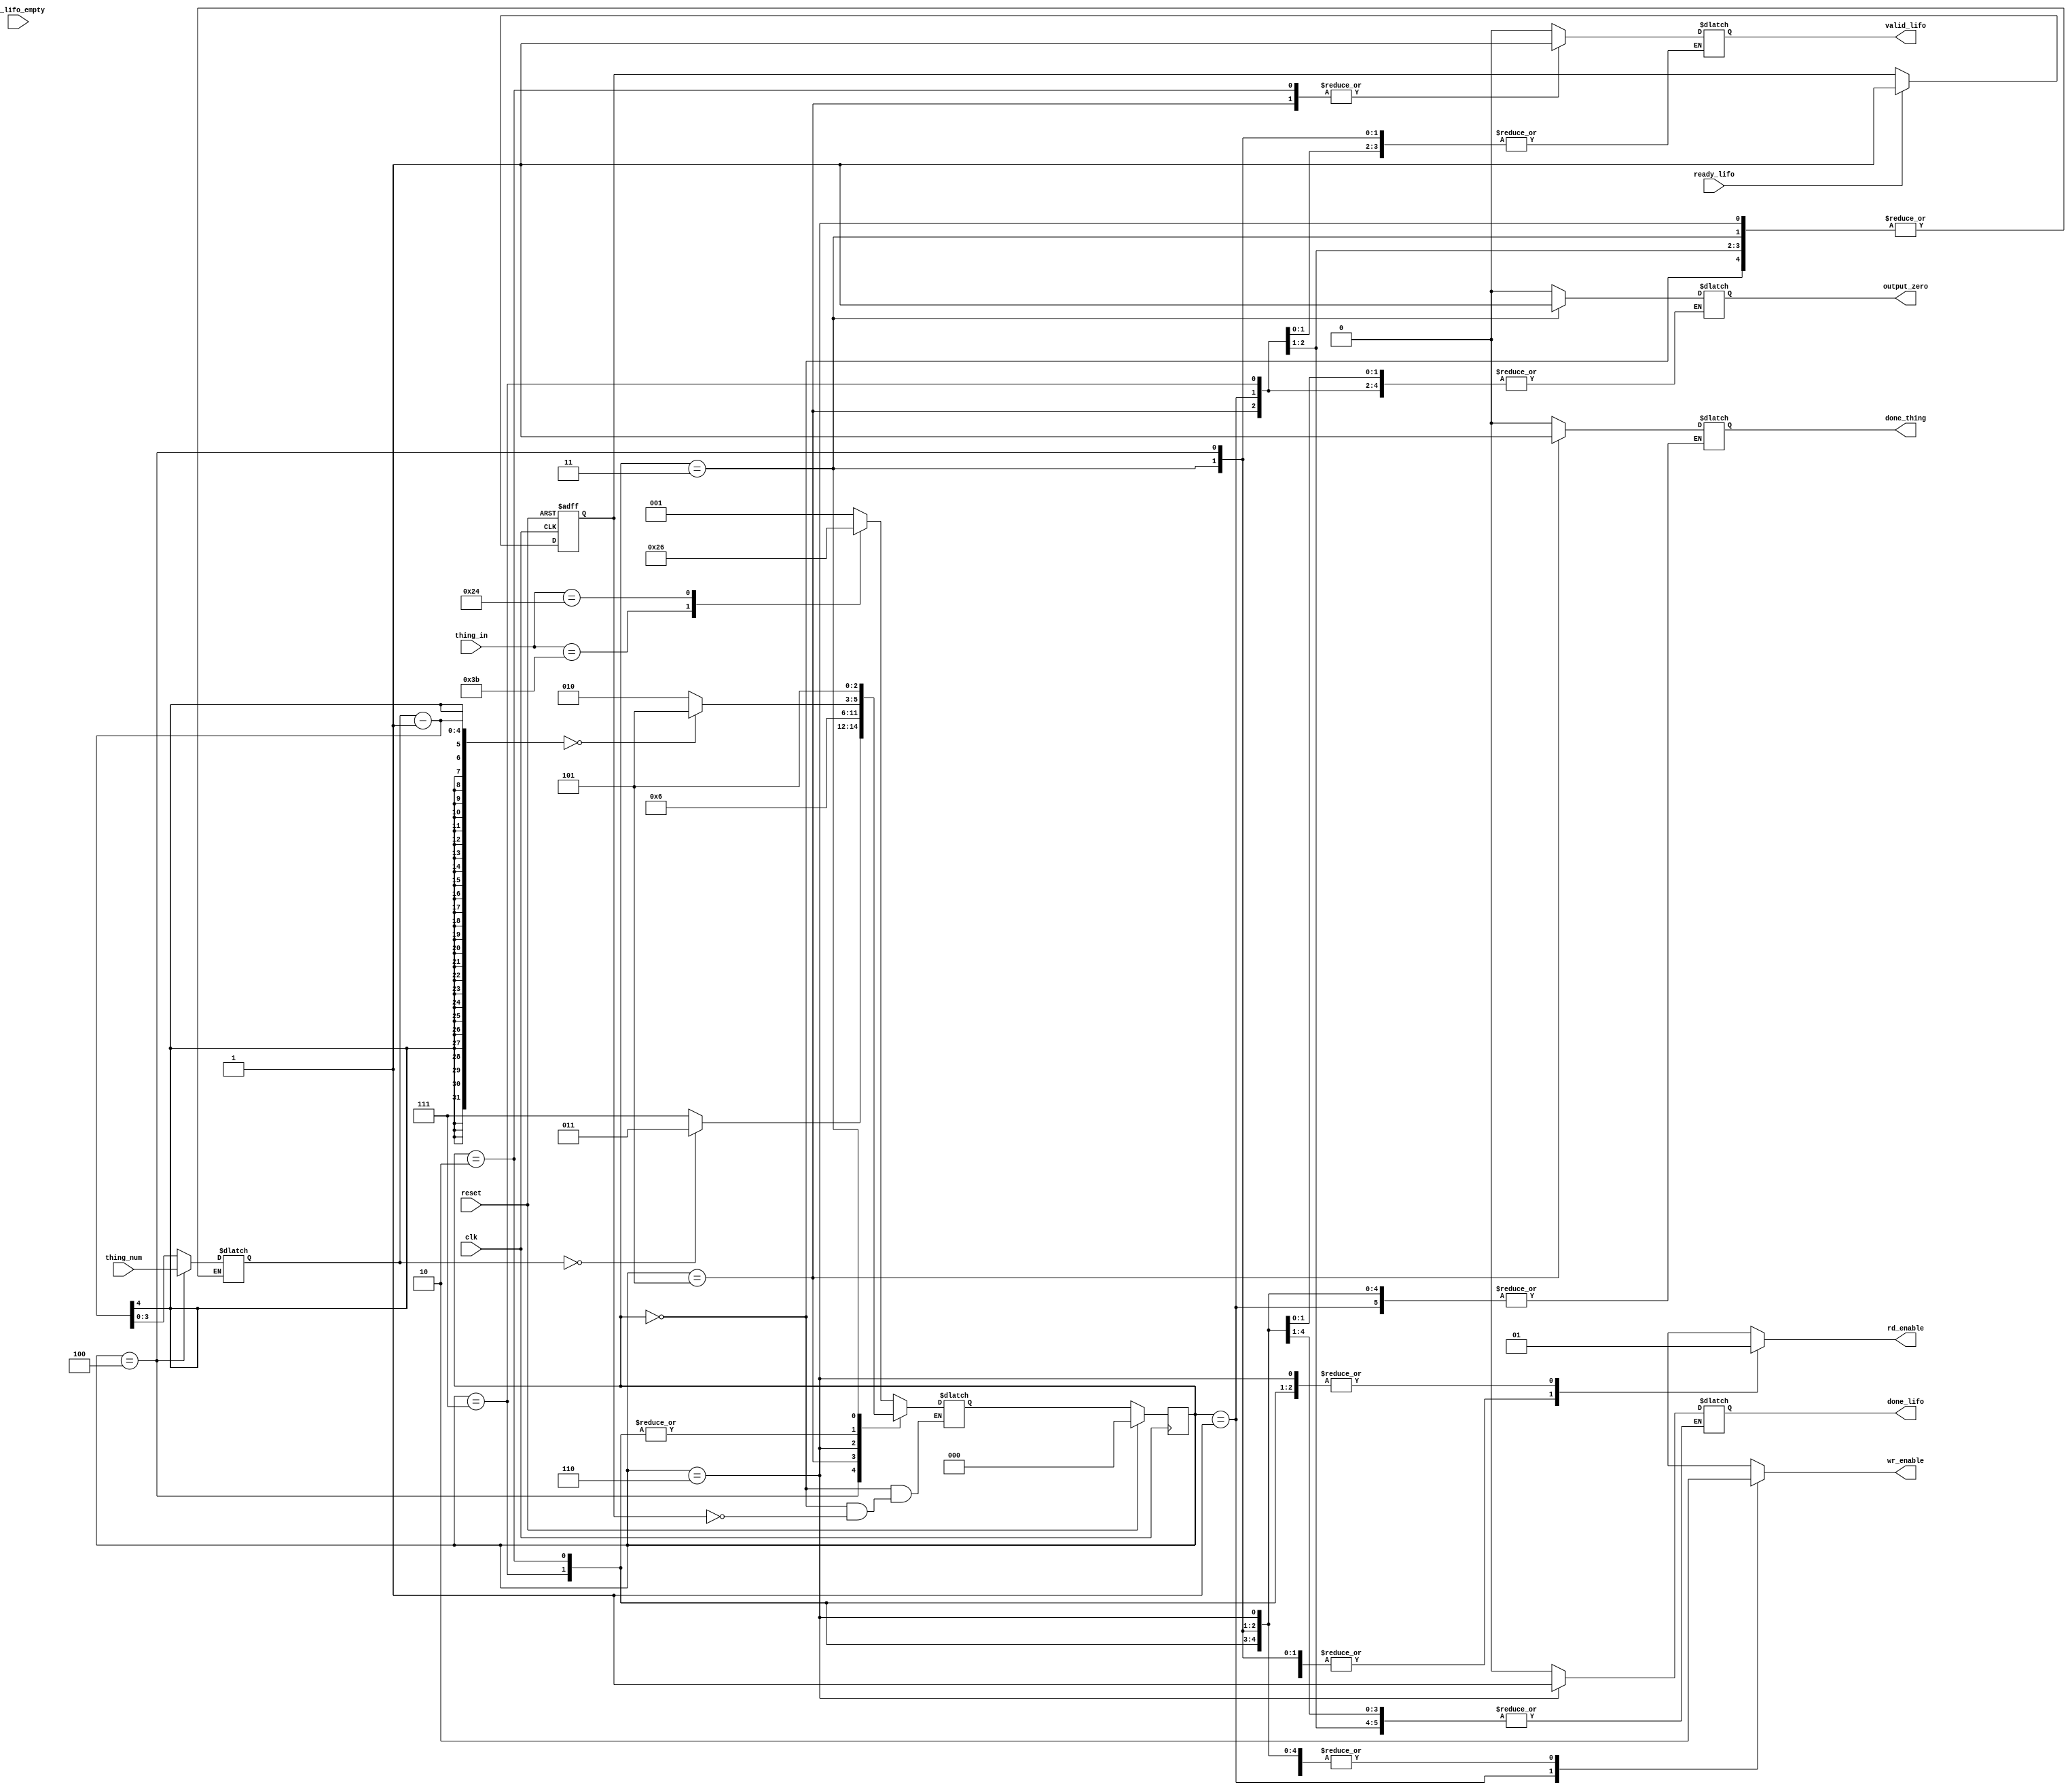
module LifoController #(parameter DATA_WIDTH = 8, parameter THING_WIDTH=4)
            (input clk,                          // clock, active when posedge
            input reset,                        // synchronous reset; active high
            input ready_lifo,
            input [DATA_WIDTH-1:0] thing_in,
            input [THING_WIDTH-1:0] thing_num,
            input is_lifo_empty,
            output reg done_thing, // signal to indicate that this passenger's luggage is done
            output reg wr_enable, // lifo write enable
            output reg rd_enable, // lifo read enable
            output reg output_zero, // output zero and do not affect the stack
            output reg valid_lifo,
            output reg done_lifo);

        reg [2:0] currState, nextState;
        parameter[2:0] IDLE = 3'b000, PUSH = 3'b001, POP = 3'b010;
        parameter[2:0] POP_ZERO = 3'b011, DONE_THING_INPUT = 3'b100, DONE_THING_OUTPUT = 3'b101, DONE_LIFO = 3'b110, POP_FIRST = 3'b111;
        parameter [DATA_WIDTH-1:0] ENDSIGN = 8'h24;
        parameter [DATA_WIDTH-1:0] SEPSIGN = 8'h3b;
        // DONE_THING_INPUT: all luggages of the passenger go in and the number of luggages in thing_num are prepared to be popped
        // DONE_THING_OUTPUT: all luggages of the passenger are checked and the correct number of luggages are popped
        // DONE_LIFO: all passengers' luggages are checked and taken away.
        // POP_FIRST: the first luggage of the passenger is popped; this is used for valid_lifo signal
        // POP_ZERO: no luggage is popped; this is used for output_zero signal

        // State Registers: Sequential logic
        reg [THING_WIDTH-1:0] pop_num;
        always@(posedge clk) begin
            if (reset) begin
                currState <= IDLE;
            end
            else begin
                currState <= nextState;
            end
        end

        reg _ready_lifo; // once "ready" is toggled to 1, '_ready' will stay 1

        always @(posedge clk or posedge reset) begin
        if (reset) begin
            _ready_lifo <= 0;  // Reset _ready to low on system reset
        end else if (ready_lifo) begin
            _ready_lifo <= 1;  // Set _ready high once ready_fifo is high
        end
        end



        // Next-state logic: Combinational logic
        always@(*) begin
            case (currState)
                IDLE: begin
                if (_ready_lifo) begin
                    case(thing_in)
                        SEPSIGN: nextState = DONE_THING_INPUT;
                        ENDSIGN: nextState = DONE_LIFO;
                        default: nextState = PUSH;
                    endcase end
                end
                PUSH: case(thing_in)
                    SEPSIGN: nextState = DONE_THING_INPUT;
                    ENDSIGN: nextState = DONE_LIFO;
                    default: nextState = PUSH;
                endcase
                DONE_THING_INPUT:
                    if (pop_num == 0) begin
                        nextState = POP_ZERO;
                    end
                    else begin
                        nextState = POP_FIRST;
                    end
                DONE_THING_OUTPUT: nextState = IDLE;
                DONE_LIFO: nextState = DONE_LIFO;
                POP_FIRST: nextState = (pop_num-1 == 0) ? DONE_THING_OUTPUT : POP;
                POP: nextState = (pop_num-1 == 0) ? DONE_THING_OUTPUT : POP;
                POP_ZERO: nextState = DONE_THING_OUTPUT;
                default: nextState = IDLE;
            endcase
        end


        always@(currState) begin
            case (currState)
                IDLE: begin
                    wr_enable = 0;
                    rd_enable = 0;
                    output_zero = 0;
                    valid_lifo = 0;
                    done_thing = 0; // otherwise the testbench does not read some semicolons
                    done_lifo = 0;
                end
                PUSH: begin
                    wr_enable = 1;
                    rd_enable = 0;
                end
                POP_FIRST: begin // because FIFO access delays 1 cycle
                    wr_enable = 0;
                    rd_enable = 1;
                    pop_num = pop_num - 1;
                end
                POP: begin
                    wr_enable = 0;
                    rd_enable = 1;
                    output_zero = 0;
                    valid_lifo = 1;
                    pop_num = pop_num - 1;
                end
                POP_ZERO: begin
                    wr_enable = 0;
                    rd_enable = 0;
                    output_zero = 1;
                end
                DONE_THING_INPUT: begin
                    wr_enable = 0;
                    rd_enable = 0;
                    pop_num = thing_num;
                end
                DONE_THING_OUTPUT: begin
                    wr_enable = 0;
                    rd_enable = 0;
                    done_thing = 1;
                    valid_lifo = 1;
                end
                DONE_LIFO: begin
                    wr_enable = 0;
                    rd_enable = 1;
                    done_lifo = 1;
                    valid_lifo = 0;
                end
            endcase
        end
endmodule